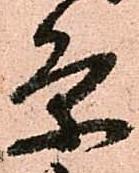
条